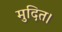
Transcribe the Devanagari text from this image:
मुदित।